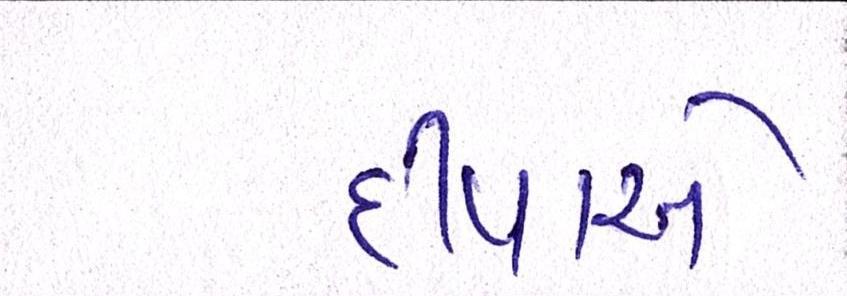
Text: દીપાએ